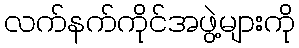
လက်နက်ကိုင်အဖွဲ့များကို